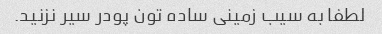
لطفا به سیب زمینی ساده تون پودر سیر نزنید.